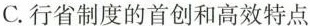
C.行省制度的首创和高效特点